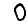
Digit: 0